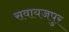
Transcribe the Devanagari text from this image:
सवायजपुर